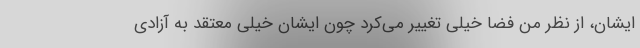
ایشان، از نظر من فضا خیلی تغییر می‌کرد چون ایشان خیلی معتقد به آزادی